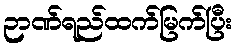
ဉာဏ်ရည်ထက်မြက်ပြီး